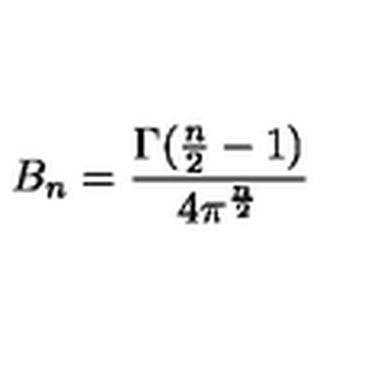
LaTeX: B _ { n } = \frac { \Gamma ( \frac { n } { 2 } - 1 ) } { 4 \pi ^ { \frac { n } { 2 } } }